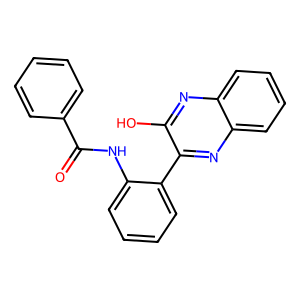
SMILES: O=C(Nc1ccccc1-c1nc2ccccc2nc1O)c1ccccc1
Inhibits HIV replication: No